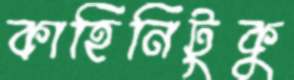
কাহিনিটুকু